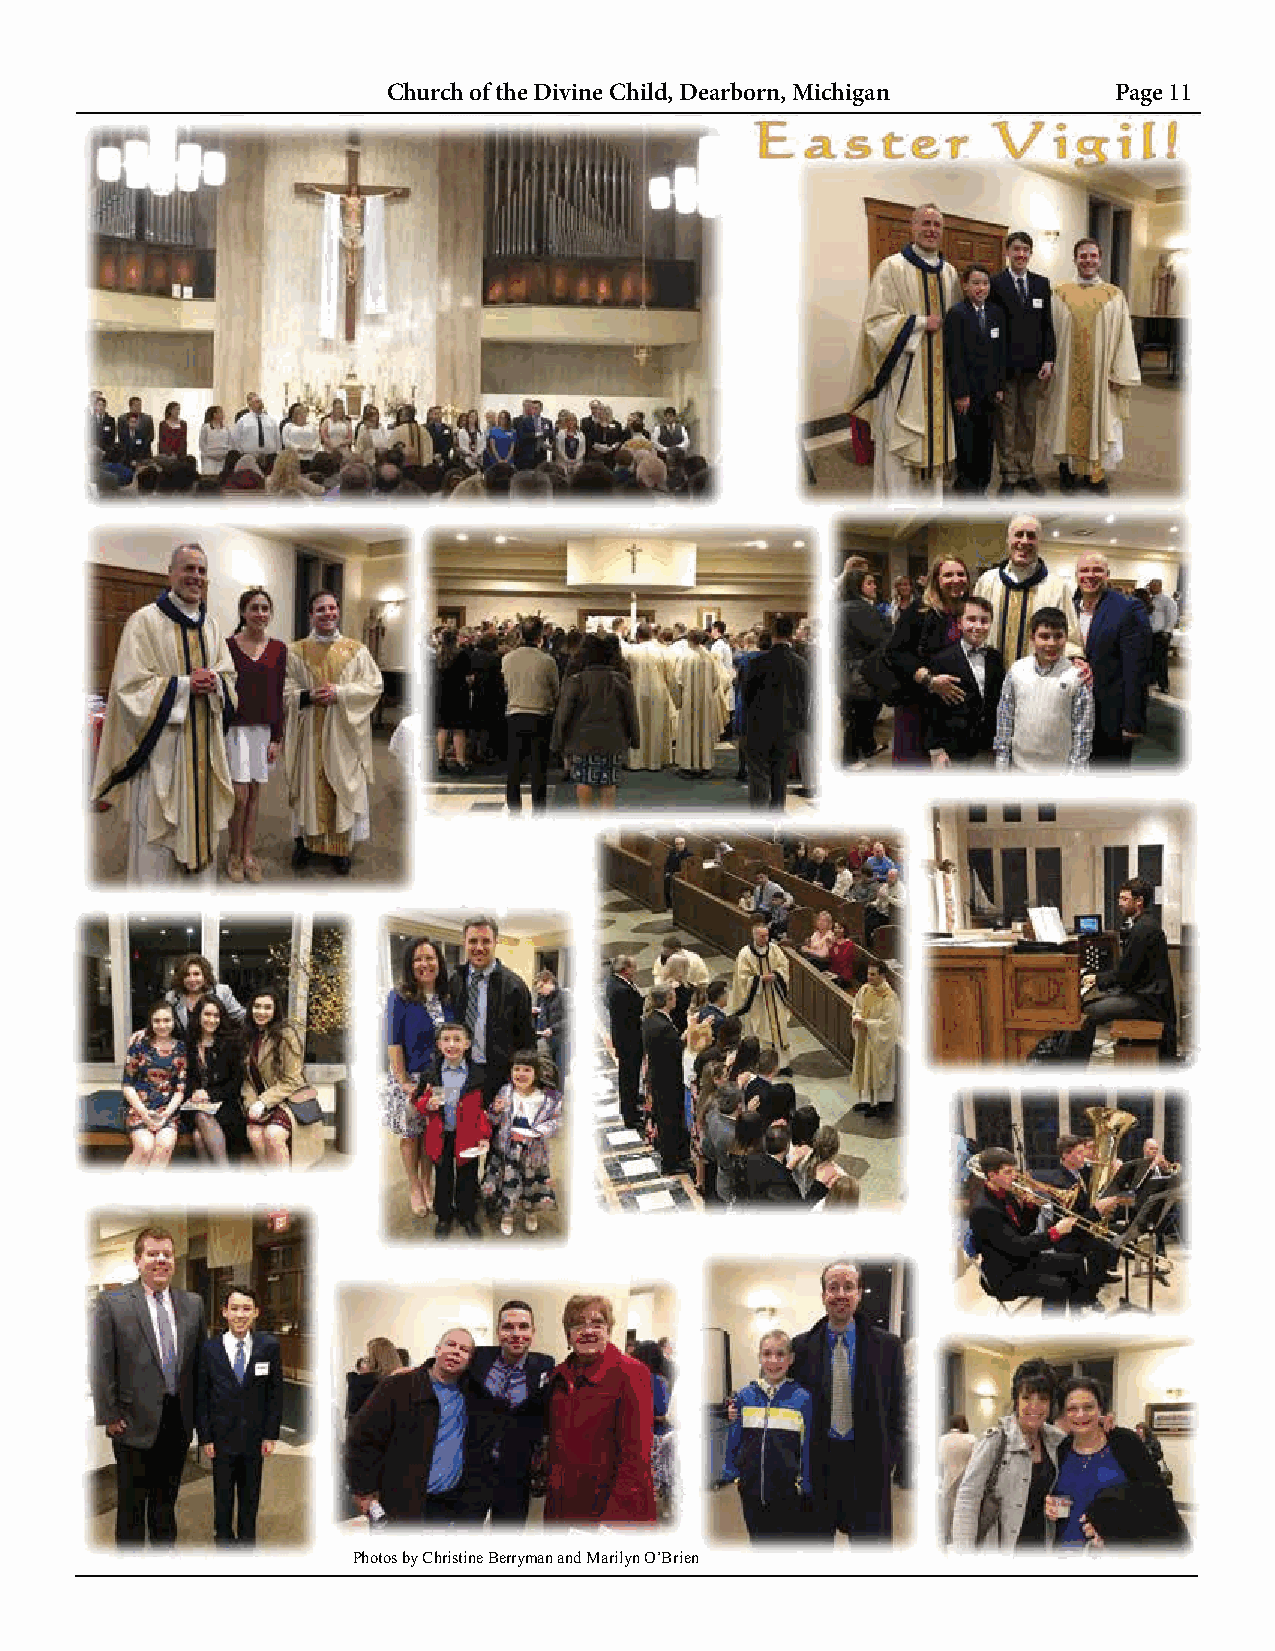
CCChhhuuurrrccchhh oo offf ttthhheee DDDiiivvviiinnneee CCChhhiiilllddd,,, DDDeeeaaarrrbbbooorrrnnn,,, MMMiiiccchhhiiigggaaannn PPPaaagggeee 111111
 Job Networking Group
 Are you an individual looking for a job or
 exploring opportunities? Are you unsure
 of how to start?
 Do you need help writing your résumé?
 Let us help you!
 If you are a potential employer or a person
 looking for employment, please email any
 questions or requests for information to
 Katrinagrant44@gmail.com
 or call Bob Jensen at 313-600-7609.
 Group meetings are on Tuesdays
 from 7pm - 9pm
 Divine Child High School
 All-Purpose Room
 UPCOMING MEETING DATES:
 March 6 & 20; April 10 & 24;
 May 1, 15 & 29; June 12 & 26
 CYO High Jump Coach
 Needed!
 The DC CYO Track & Field Coaching
 Staff is looking for someone to fill the
 important role of HIGH JUMP COACH
 for the Spring 2018 Track Season. This
 person would be responsible for
 coaching and mentoring boys/girls in
 grades 4th-8th. Experience in this area
 is appreciated but not required.
 We welcome DCHS Student
 athletes! Please help us to make this
 another GREAT Track & Field season
 on the Mark Carpenter Track at the
 DCAA Complex! Must complete
 Protecting God's Children or have
 completed coursework on file.
 Questions - please contact Jim Shannon
 at shanjams@umich.edu or Deanna
 Dziadzio at dkoss100@comcast.net.
 Photos by Christine Berryman and Marilyn O’Brien